Indian journal of veterinary science and animal husbandry - Volumes 15-17, 1948-1951
Year: 1948
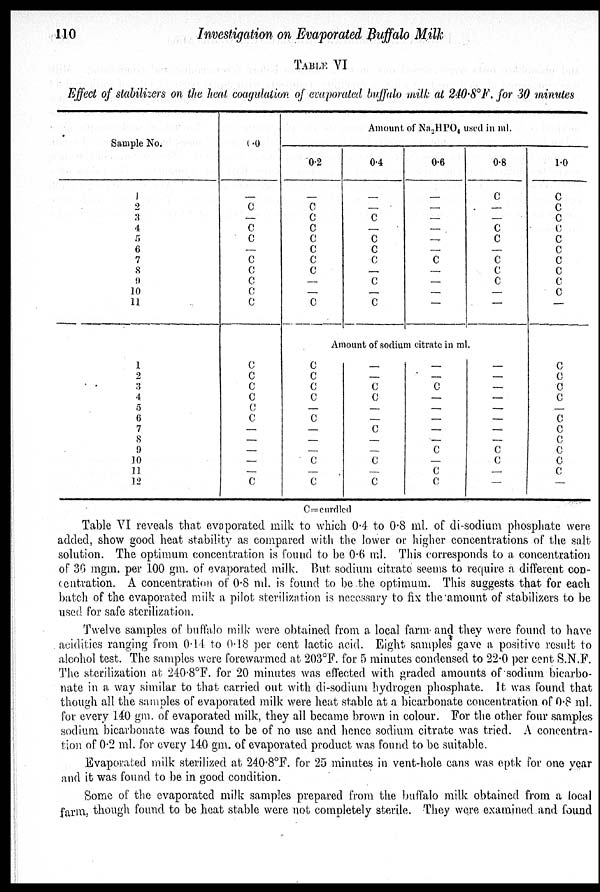
110
Investigation on Evaporated Buffalo Milk
TABLE VI
Effect of stabilizers on the heat coagulation of evaporated buffalo milk at 240.8° F. for 30 minute
Sample No.
1
2
3
4
5
6
7
8
9
10
11
1
2
3
4
5
6
7
8
9
10
11
12
0.0
—
C
—
C
C
—
C
C
C
C
C
C
C
C
C
C
C
—
—
—
—
—
C
Amount of Na 2 HPO 4 used in ml.
0.2
—
C
C
C
C
C
C
C
—
—
C
0.4
—
—
C
—
C
C
C
—
C
—
C
0.6
—
—
—
—
—
—
C
—
—
—
—
0.8
C
—
—
C
C
—
C
C
C
—
—
Amount of sodium citrate in ml.
C
C
C
C
—
C
—
—
—
C
—
C
—
—
C
C
—
—
C
—
—
C
—
C
—
—
C
—
—
—
—
—
C
—
C
C
—
—
—
—
—
—
—
—
C
C
—
—
1.0
C
C
C
C
C
C
C
C
C
C
—
C
C
C
C
—
C
C
C
C
C
C
—
C=curdled
Table VI reveals that evaporated milk to which 0.4 to 0.8 ml. of di-sodium phosphate were
added, show good heat stability as compared with the lower or higher concentrations of the salt
solution. The optimum concentration is found to be 0.6 ml. This corresponds to a concentration
of 36 mgm. per 100 gm. of evaporated milk. But sodium citrate seems to require a different con-
centration. A concentration of 0.8 ml. is found to be the optimum. This suggests that for each
batch of the evaporated milk a pilot sterilization is necessary to fix the amount of stabilizers to be
used for safe sterilization.
Twelve samples of buffalo milk were obtained from a local farm and they were found to have
acidities ranging from 0.14 to 0.18 per cent lactic acid. Eight samples gave a positive result to
alcohol test. The samples were forewarmed at 203°F. for 5 minutes condensed to 22.0 per cent S.N.F.
The sterilization at 240.8°F. for 20 minutes was effected with graded amounts of sodium bicarbo-
nate in a way similar to that carried out with di-sodium hydrogen phosphate. It was found that
though all the samples of evaporated milk were heat stable at a bicarbonate concentration of 0.8 ml.
for every 140 gm. of evaporated milk, they all became brown in colour. For the other four samples
sodium bicarbonate was found to be of no use and hence sodium citrate was tried. A concentra-
tion of 0.2 ml. for every 140 gm. of evaporated product was found to be suitable.
Evaporated milk sterilized at 240.8°F. for 25 minutes in vent-hole cans was eptk for one year
and it was found to be in good condition.
Some of the evaporated milk samples prepared from the buffalo milk obtained from a local
farm, though found to be heat stable were not completely sterile. They were examined and found